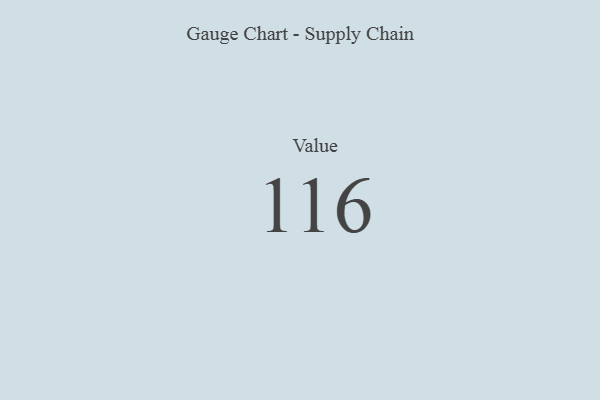
{"axis": {"x": "Metric", "y": "Value"}, "legend": [""], "data": [{"x": "Value", "y": 116, "type": ""}]}